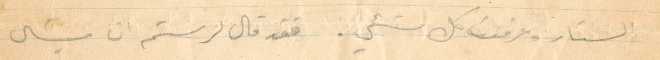
الستار وعرفت كل شيء. فقد قال لرستم ان ميشال